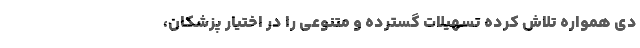
دي همواره تلاش كرده تسهیلات گسترده و متنوعي را در اختیار پزشکان،